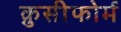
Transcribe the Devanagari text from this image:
क्रुसीफोर्म